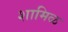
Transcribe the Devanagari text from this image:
शामिळ